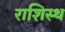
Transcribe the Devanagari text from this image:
राशिस्थ